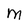
Character: M